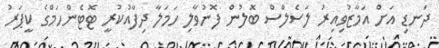
ދަނޑި އަށް އަމާޒުވިއިރު ލަސެލްސް ބޮލުން ފޮނުވާލި ހަމަލާ ދިފާއުކުރީ ޓޮޓެންހަމްގެ ކީޕަރު